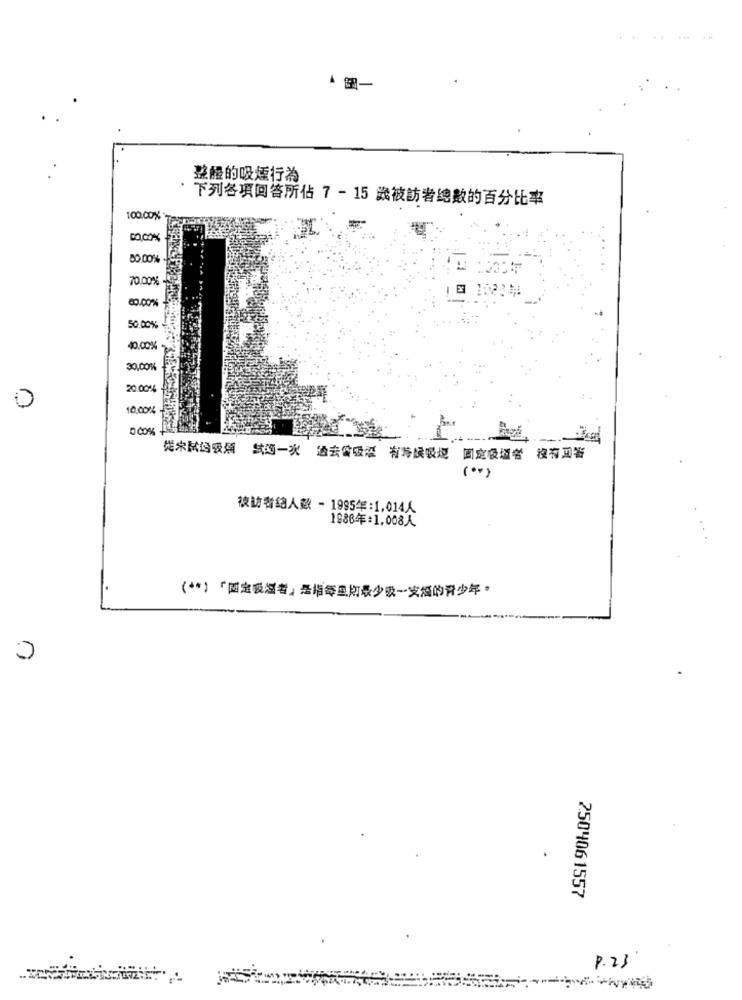
▲ 個一
整體的吸煙行為
下列各項回答所佔 7-15 歲被訪者總數的百分比率
100.00 %
80 00%
70.00%
60.00%
50.00%
40.00%
30.00%
20.00%
10.00%
000%
选宋試母吸烟 試选一次 過去窗吸酒 有時候吸煙 固定吸道者 沒有回答
(*)
.訪者结人数 - 1995年:1,014人
1988年:1.008人
( ** )「国宝吸濕者」是指每星期最少吸一支福的青少年。
0
250406 1557
P.23